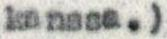
kanssa.)